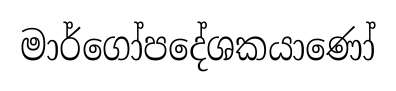
මාර්ගෝපදේශකයාණෝ